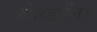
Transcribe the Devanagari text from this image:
कोरिडालिस